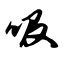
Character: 吸